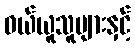
ဝယ်ယူသူများနှင့်